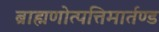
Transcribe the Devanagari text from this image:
ब्राह्मणोत्पत्तिमार्तण्ड